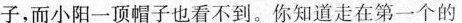
子，而小阳一顶帽子也看不到。你知道走在第一个的